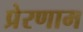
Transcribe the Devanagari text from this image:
प्रेरणाम